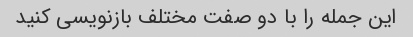
این جمله را با دو صفت مختلف بازنویسی کنید